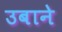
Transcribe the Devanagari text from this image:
उबाने